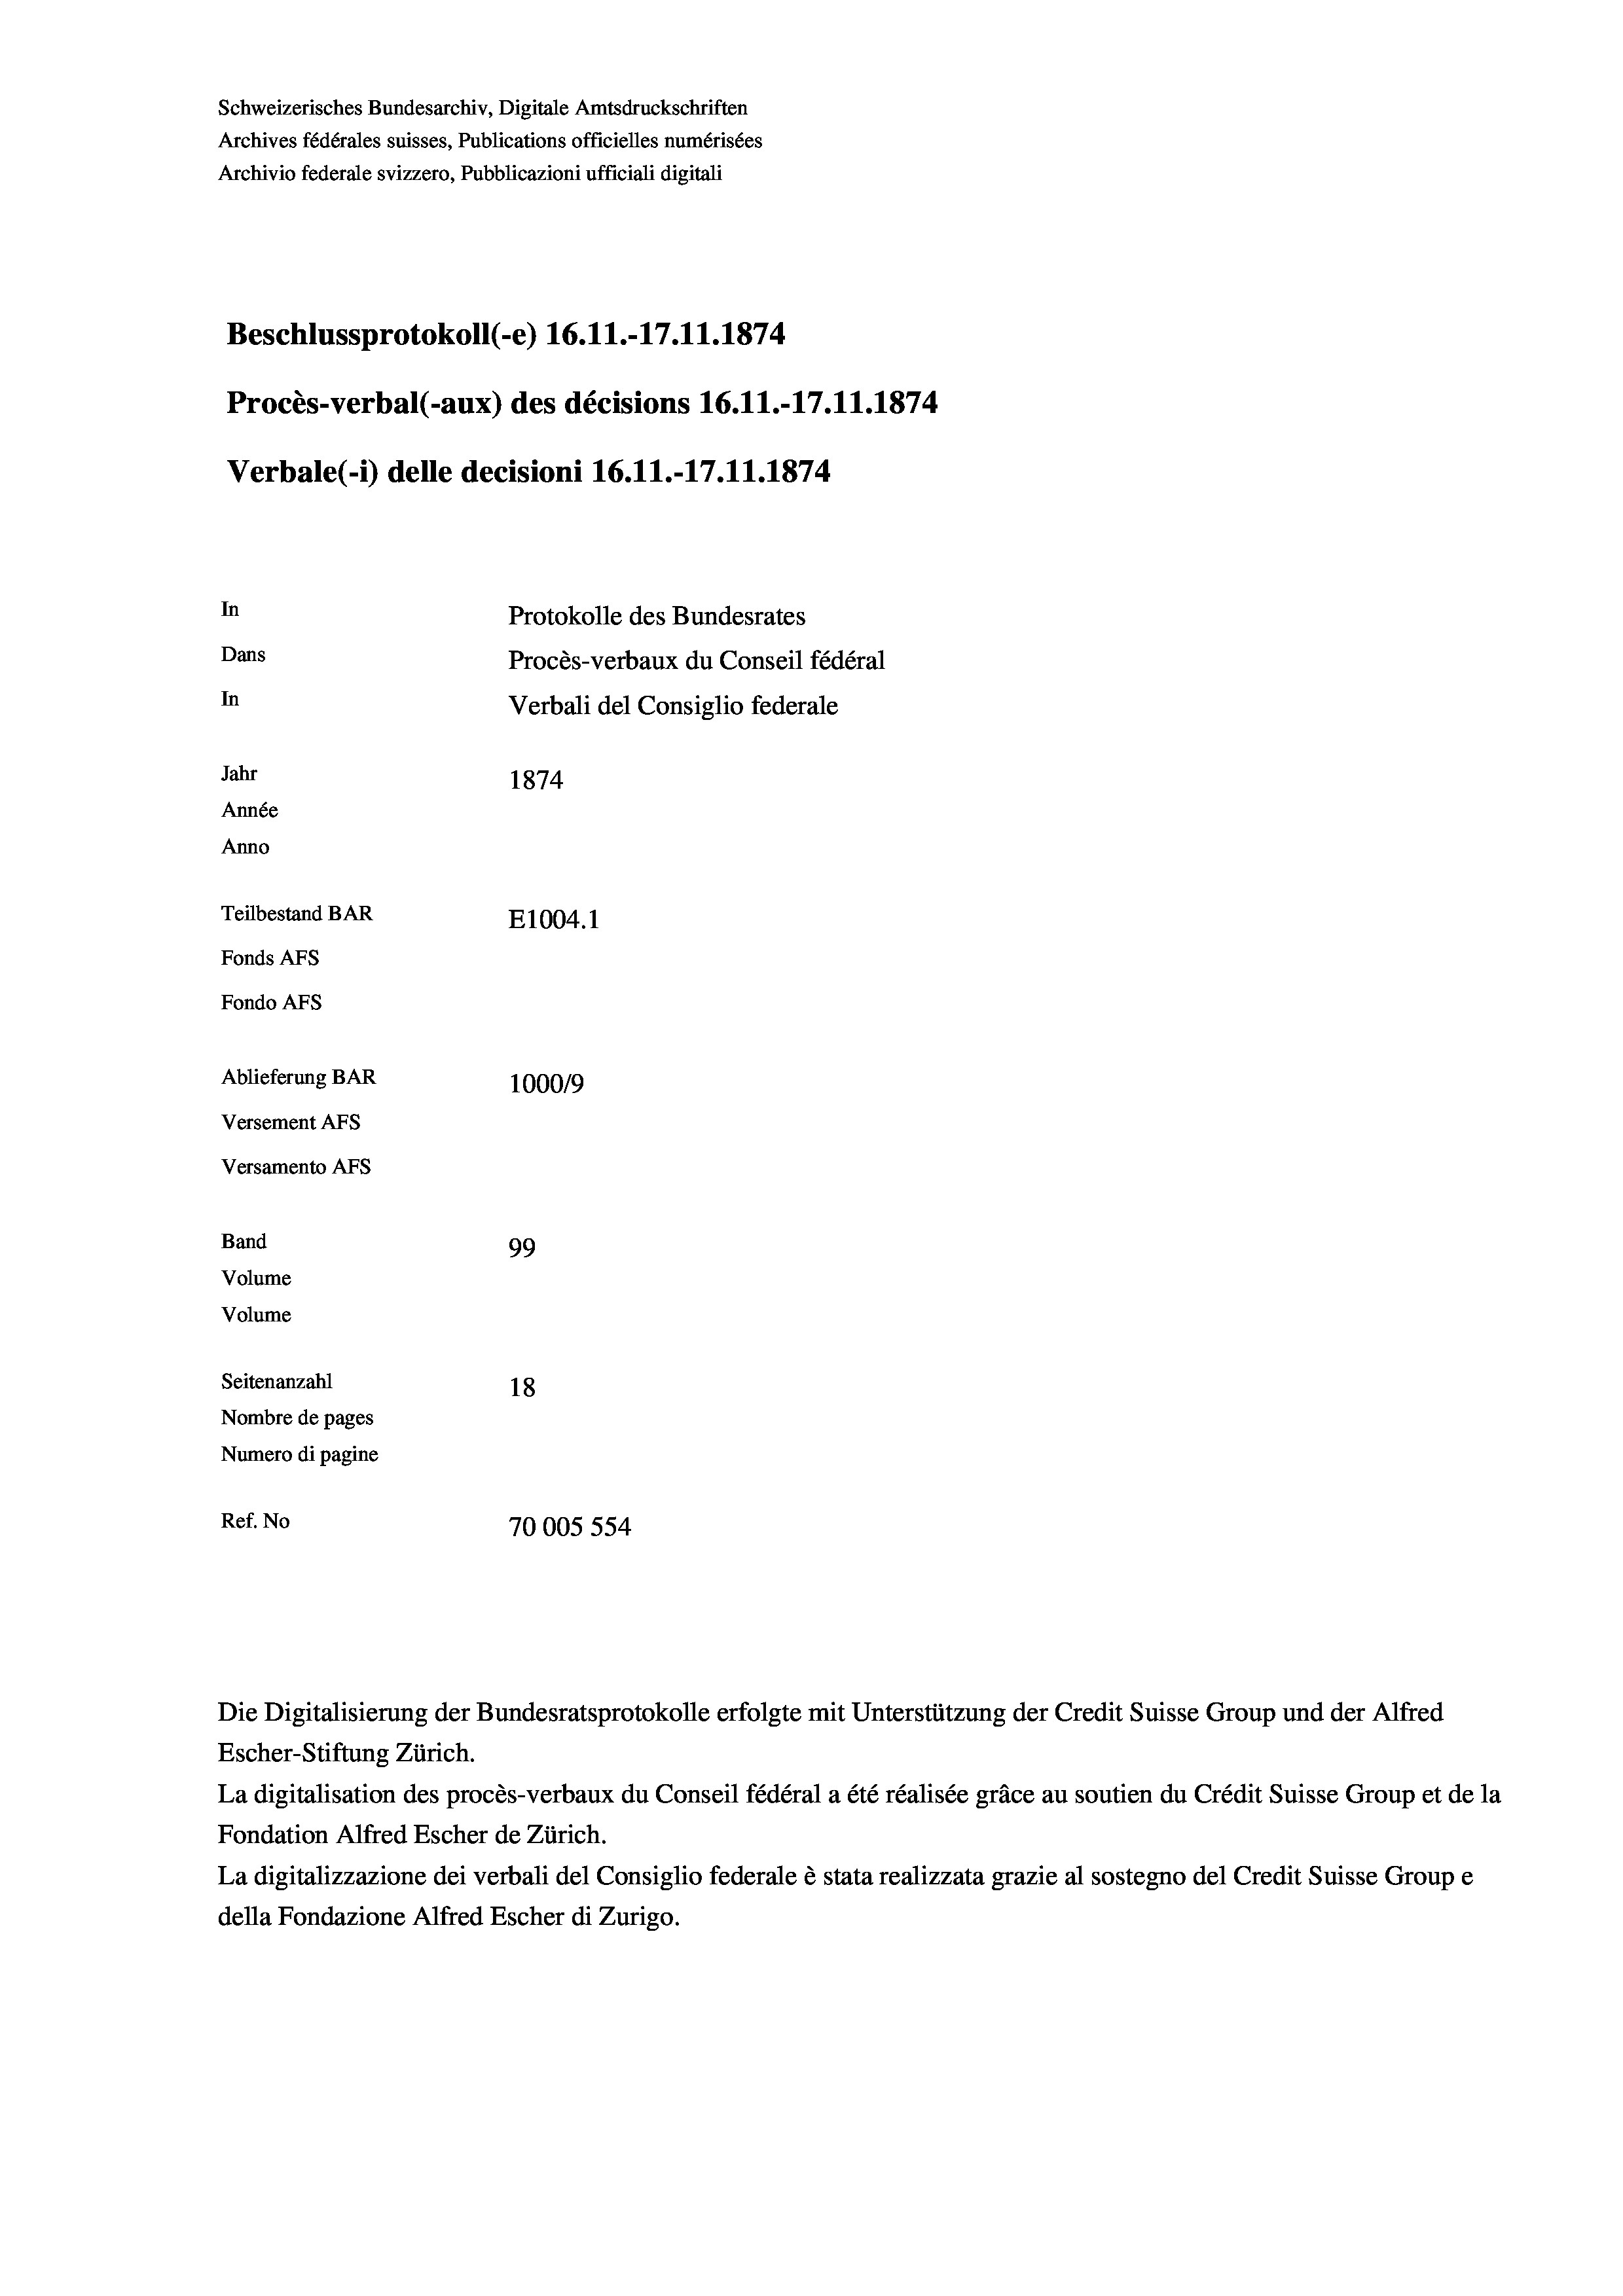
Schweizerisches Bundesarchiv, Digitale Amtsdruckschriften
Archives fédérales suisses, Publications officielles numérisées
Archivio federale svizzero, Pubblicazioni ufficiali digitali
Beschlussprotokoll (-e) 16.11.-17.11.1874
Procès-verbal (-aux) des décisions 16.11.-17.11.1874
Verbale(-*) delle decisioni 16.11.-17.11.1874
In
Protokolle des Bundesrates
Dans
Procès-verbaux du Conseil fédéral
In
Verbali del Consiglio federale
Jahr
1874
Année
Anno
Teilbestand BAR
E1004. 1
Fonds Afs
Fondo AFs
Ablieferung BAR
100019
Versement AFs
Versamento AFs
Band
99
Volume
Volume
Seitenanzahl
18
Nombre de pages
Numero di pagine
Ref. No
70005 554

Die Digitalisierung der Bundesratsprotokolle erfolgte mit Unterstützung der Credit Suisse Group und der Alfred
Escher-Stiftung Zürich.
La digitalisation des procès-verbaux du Conseil fédéral a été réalisée gräce au soutien du Crédit Suisse Group et de la
Fondation Alfred Escher de Zürich.
La digitalizzazione dei verbali del Consiglio federale è stata realizzata grazie al sostegno del Credit Suisse Groupe
della Fondazione Alfred Escher di Zurigo.